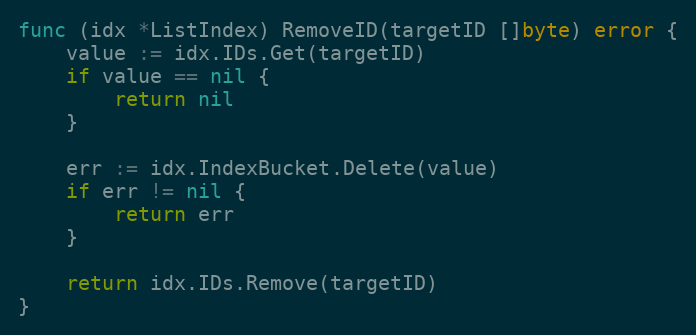
Language: Go
func (idx *ListIndex) RemoveID(targetID []byte) error {
	value := idx.IDs.Get(targetID)
	if value == nil {
		return nil
	}

	err := idx.IndexBucket.Delete(value)
	if err != nil {
		return err
	}

	return idx.IDs.Remove(targetID)
}